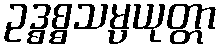
ဥဒ္ဓစ္စသမ္ပယုတ္တာ